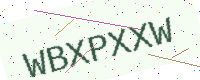
Text: WBXPXXW